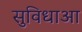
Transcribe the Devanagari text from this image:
सुविधाआ